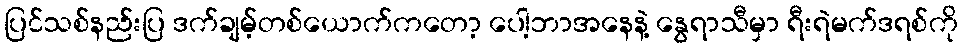
ပြင်သစ်နည်းပြ ဒက်ချမ့်တစ်ယောက်ကတော့ ပေါ့ဘာအနေနဲ့ နွေရာသီမှာ ရီးရဲမက်ဒရစ်ကို